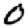
Digit: 0